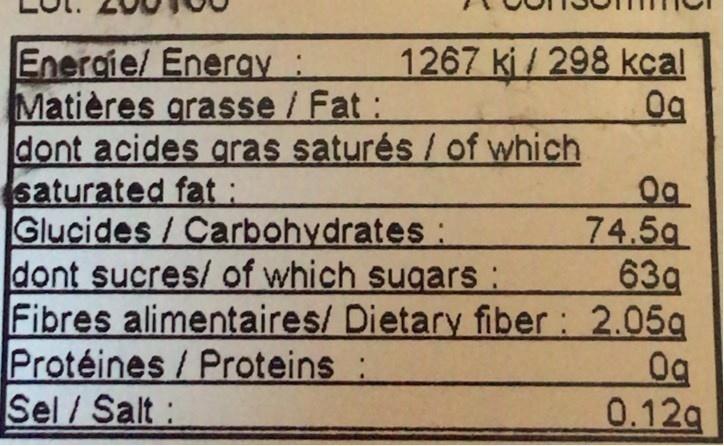
1267 ki/298 kcal 0g
Enercie/ Energy : Matières grasse/Fat: dont acides qras saturés / of which saturated fat: Glucides/ Carbohydrates : dont sucres/ of which sugars: Fibres alimentaires/ Dietary fiber : 2.05g Protéines/ Proteins: Sel / Salt:
74.5g 63g
0g 0.12g